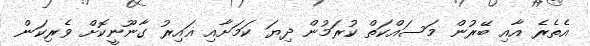
އެތެރެ އާއި ބޭރުން މަސައްކަތް ކުރަމުން ދިޔަ ކަމަށާއި ޣައިރު ގާނޫނީކޮށް ވެރިކަން